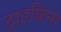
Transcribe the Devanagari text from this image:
ट्राइकिना